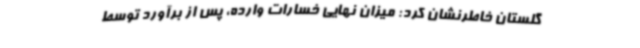
گلستان خاطرنشان کرد: میزان نهایی خسارات وارده، پس از برآورد توسط